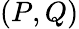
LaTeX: (P,Q)